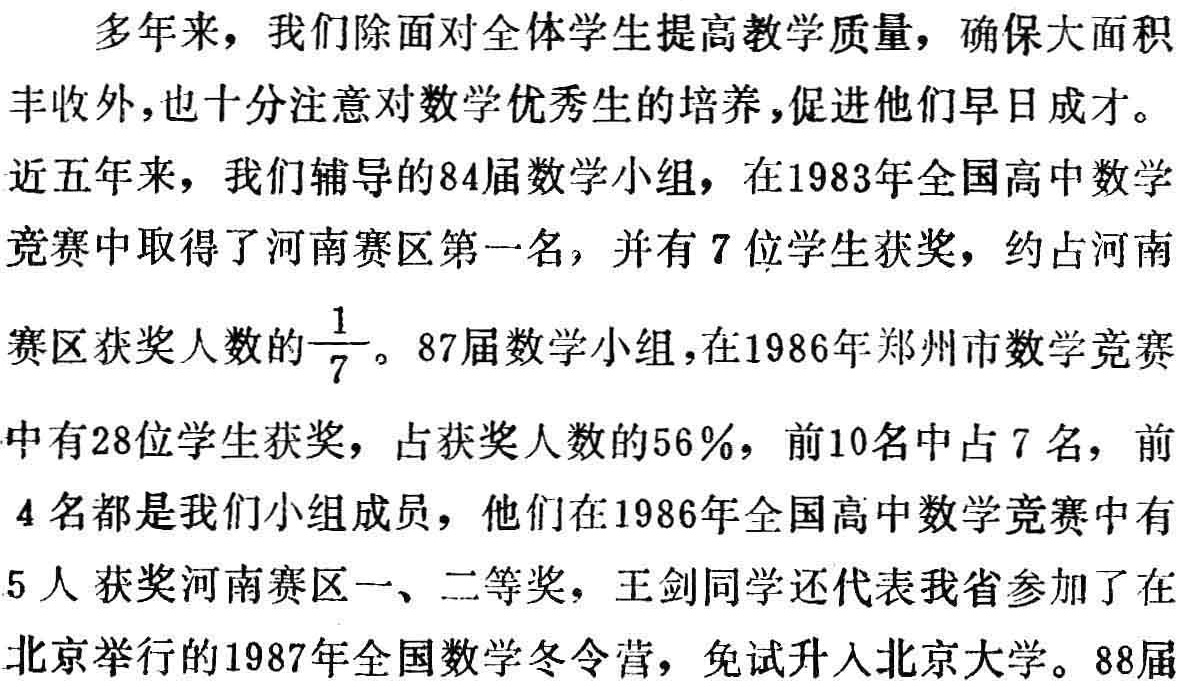
多年来，我们除面对全体学生提高教学质量，确保大面积丰收外，也十分注意对数学优秀生的培养，促进他们早日成才。
近五年来，我们辅导的84届数学小组，在1983年全国高中数学竞赛中取得了河南赛区第一名，并有7位学生获奖，约占河南赛区获奖人数的$\frac{1}{7}$。87届数学小组，在1986年郑州市数学竞赛中有28位学生获奖，占获奖人数的56%，前10名中占7名，前4名都是我们小组成员，他们在1986年全国高中数学竞赛中有5人获奖河南赛区一、二等奖，王剑同学还代表我省参加了在北京举行的1987年全国数学冬令营，免试升入北京大学。88届